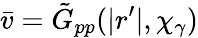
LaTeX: \bar{v}=\tilde{G}_{pp}(|r^{\prime}|,\chi_{\gamma})